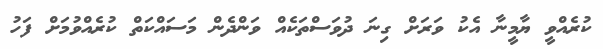
ކުރެއްވީ ޔާމީނާ އެކު ވަރަށް ގިނަ ދުވަސްތަކެއް ވަންދެން މަސައްކަތް ކުރެއްވުމަށް ފަހު